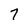
Character: 7